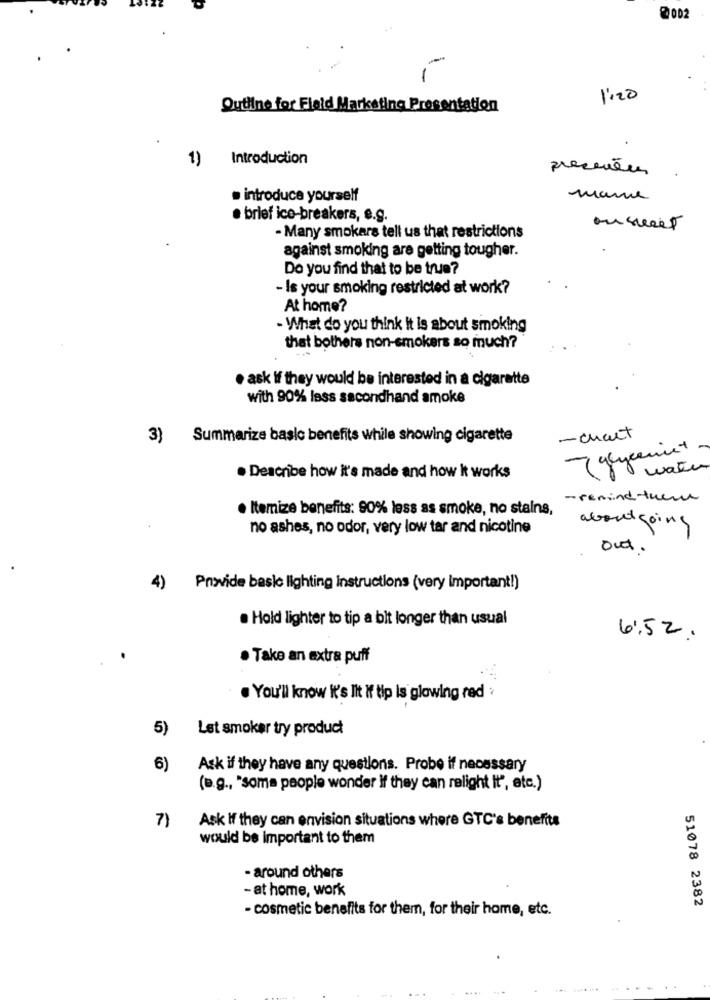
0002
-
1:20
Outline for Field Marketing Presentation
1)
Introduction
presentes
introduce yourself
marne
· brief ice-breakers, e.g.
ourreelt
- Many smokars tell us that restrictions
against smoking are getting tougher.
Do you find that to be true?
- Is your smoking restricted at work?
At home?
- What do you think it is about smoking
that bothers non-smokers so much?
. ask if they would be interested in a cigarette
with 90% less secondhand smoke
3)
Summarize basic benefits while showing cigarette
-chart
water
. Describe how it's made and how It works
- remind tueur
· Itemize benefits: 90% less as smoke, no stains,
no ashes, no odor, very low tar and nicotine
aboutgoing
out.
4)
Provide basic lighting instructions (very important!)
. Hold lighter to tip a bit longer than usual
6:52.
· Take an extra puff
. You'll know it's lit if tip is glowing red ›
5)
Let smoker try product
6)
Ask if they have any questions. Probe if necessary
(e.g ., "some people wonder if they can relight it", etc.)
Ask If they can envision situations where GTC's benefits
7)
would be important to them
- around others
- at home, work
- cosmetic benefits for them, for their home, etc.
51078 2382